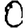
Digit: 0